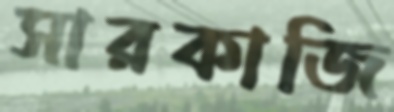
সারকাজি